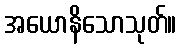
အယောနိသောသုတ်။